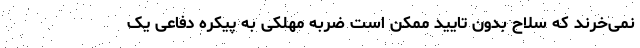
نمی‌خرند که سلاح بدون تایید ممکن است ضربه مهلکی به پیکره دفاعی یک